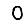
Digit: 0